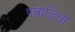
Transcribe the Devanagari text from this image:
पवाडिया